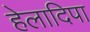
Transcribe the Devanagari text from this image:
हेलादिपा